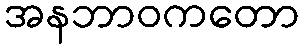
အနဘာဝကတော